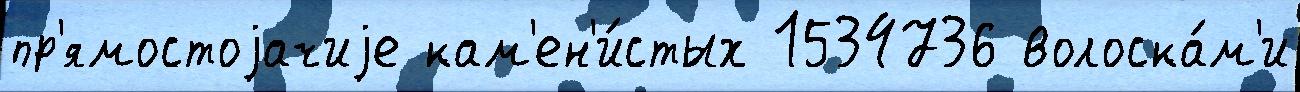
пр'ямостоjачиjе кам'ен'и́стых 1534736 волоска́м'и